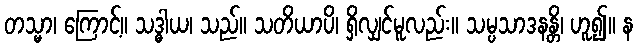
တသ္မာ၊ ကြောင့်။ သဒ္ဓါယ၊ သည်။ သတိယာပိ၊ ရှိလျှင်မူလည်း။ သမ္ပသာဒနန္တိ၊ ဟူ၍။ န